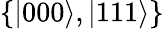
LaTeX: \{ |000\rangle,|111\rangle\}